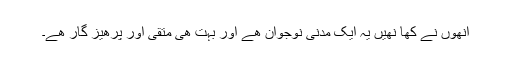
انھوں نے کھا نھیں یہ ایک مدنی نوجوان ھے اور بہت ھی متقی اور پرھیز گار ھے۔